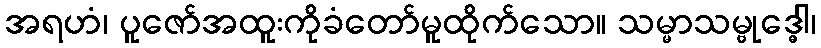
အရဟံ၊ ပူဇော်အထူးကိုခံတော်မူထိုက်သော။ သမ္မာသမ္ဗုဒ္ဓေါ၊